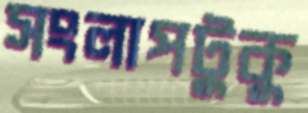
সংলাপটুকু